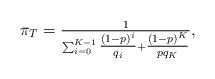
LaTeX: \begin{align*}\pi_T=\tfrac{1}{\sum_{i=0}^{K-1}\tfrac{\left(1-p\right)^i}{q_i}+\tfrac{\left(1-p\right)^K}{pq_K}},\end{align*}